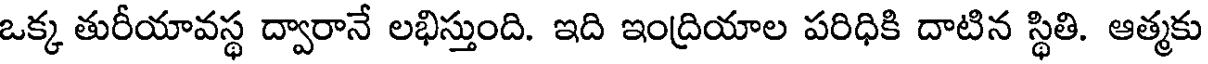
ఒక్క తురీయావస్థ ద్వారానే లభిస్తుంది. ఇది ఇంద్రియాల పరిధికి దాటిన స్థితి. ఆత్మకు